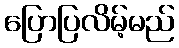
ပြောပြလိမ့်မည်